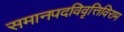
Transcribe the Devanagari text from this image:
समानपदविवृत्तिविराम